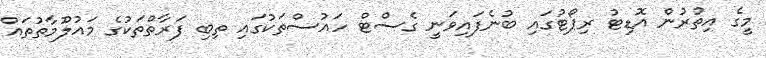
މީގެ އިތުރުން އޮޑިޓު ރިޕޯޓުގައި ބުނެފައިވަނީ ގެސްޓް ހައުސްތަކުގައި ތިބި ފަރާތްތަކުގެ މައުލޫމާތުތައް